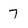
Character: 7